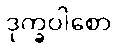
ဒုက္ခဝါစော